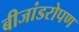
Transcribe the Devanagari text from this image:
बीजांडरोपण